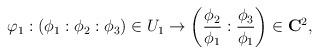
LaTeX: \begin{align*}\varphi_1: (\phi_1:\phi_2:\phi_3) \in U_1 \rightarrow \left({\phi_2 \over \phi_1}:{\phi_3 \over \phi_1}\right) \in {\bf C}^2,\end{align*}